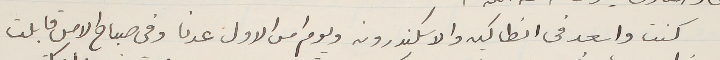
كنت واسعد في انطاكيه والاسكندرونه ويوم امس الاول عدنا وفي صباح الامس قابلت